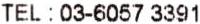
TEL : 03-6057 3391